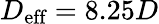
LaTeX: D_{\textrm{eff}}=8.25D